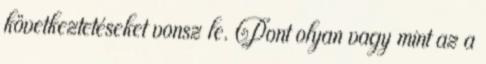
következtetéseket vonsz le. Pont olyan vagy mint az a